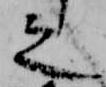
之